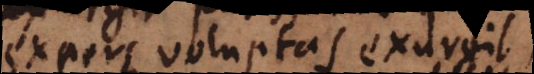
expers voluptas exurgit,